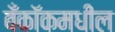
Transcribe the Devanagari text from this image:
बँकॉकमधील